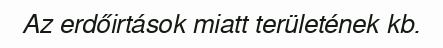
Az erdőirtások miatt területének kb.